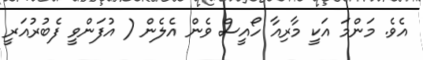
އެވެ. މަންމަ އަކީ މާރިއާ ހޯއީސް ވެން އެލެން ( އުފަންވީ ފެބުރުއަރީ